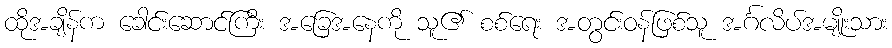
ထိုအချိန်က ခေါင်းဆောင်ကြီး အခြေအနေကို သူ၏ စစ်ရေး အတွင်းဝန်ဖြစ်သူ အင်္ဂလိပ်အမျိုးသား